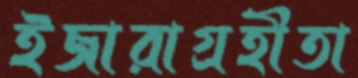
ইজারাগ্রহীতা